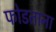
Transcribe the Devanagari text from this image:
फोडताना